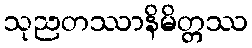
သုညတဿာနိမိတ္တဿ